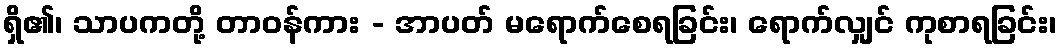
ရှိ၏၊ သာပကတို့ တာဝန်ကား - အာပတ် မရောက်စေရခြင်း၊ ရောက်လျှင် ကုစာရခြင်း၊